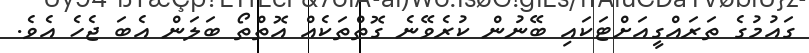
ގައުމުގެ ތަރައްގީއަށްޓަކައި ބޭނުން ކުރެވޭނެ ގޮތްތަކެއް އޮތްތޯ ބަލަން އެބަ ޖެހެ އެވެ.